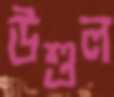
উশুল